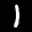
Label: 1